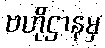
ဗဟိုဌာနမှ